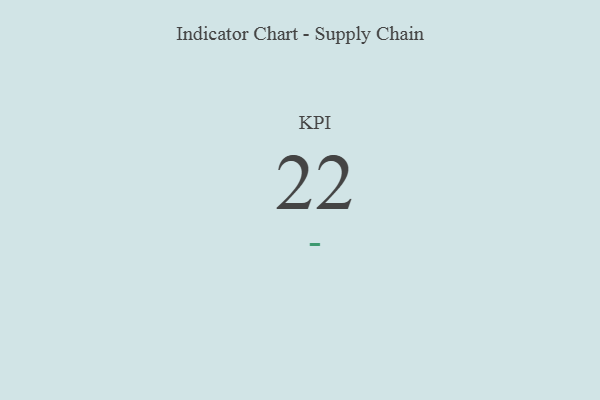
{"axis": {"x": "KPI", "y": "Value"}, "legend": [""], "data": [{"x": "KPI", "y": 22, "type": ""}]}